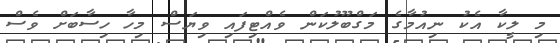
މި ލީކާ އެކު ނިއުމާގެ މަގްބޫލުކަން ވެއްޓިފައި ވިޔަސް މިހާ ހިސާބަށް ވެސް